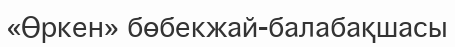
«Өркен» бөбекжай-балабақшасы